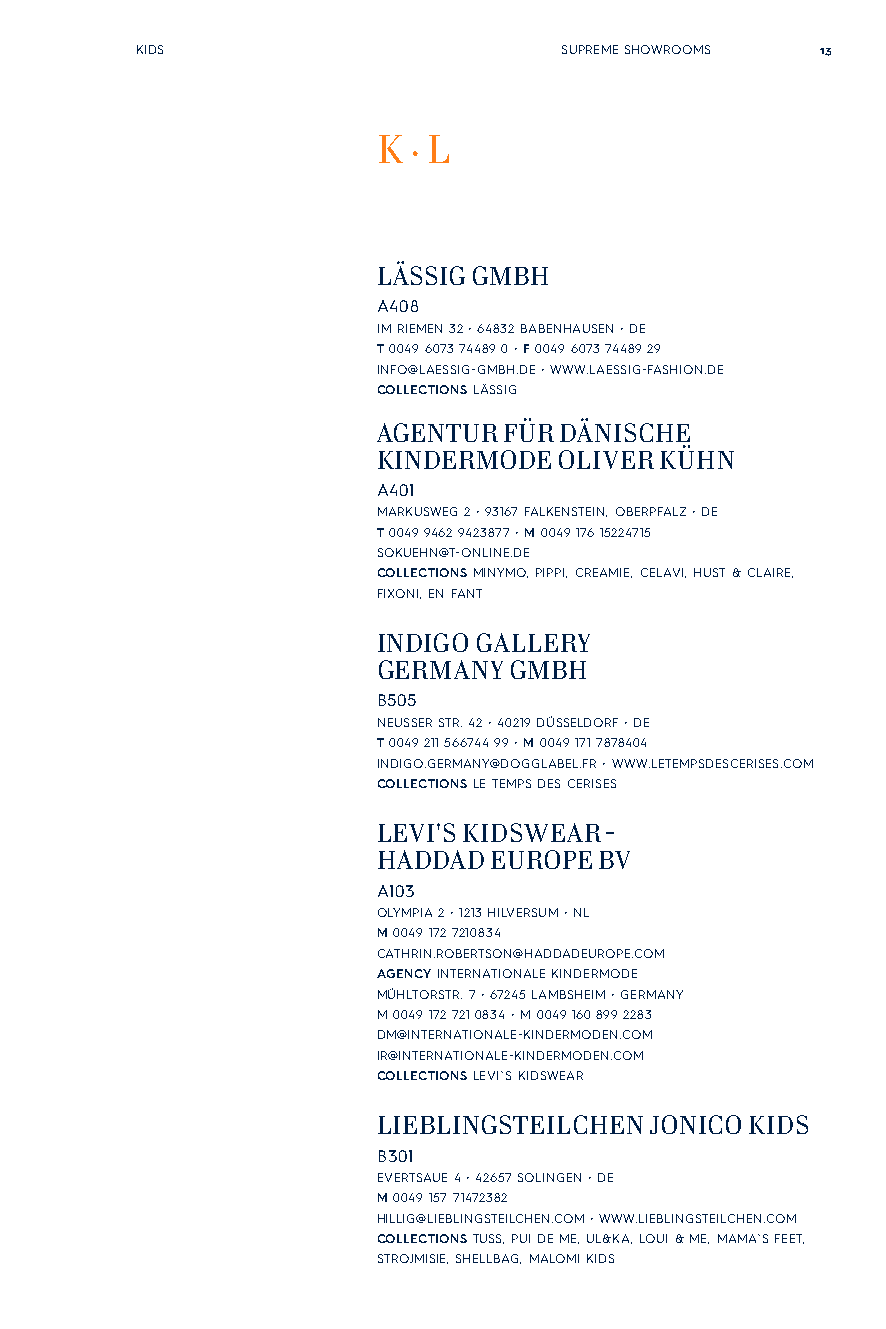
KIDS                        SUPREME SHOWROOMS 13
 K · L
 LÄSSIG GMBH
 A408
 IM RIEMEN 32 • 64832 BABENHAUSEN • DE
 T 0049 6073 74489 0 • F 0049 6073 74489 29
 INFO@LAESSIG-GMBH.DE • WWW.LAESSIG-FASHION.DE
 COLLECTIONS LÄSSIG
 AGENTUR FÜR DÄNISCHE
 KINDERMODE  OLIVER KÜHN
 A401
 MARKUSWEG 2 • 93167 FALKENSTEIN, OBERPFALZ • DE
 T 0049 9462 9423877 • M 0049 176 15224715
 SOKUEHN@T-ONLINE.DE
 COLLECTIONS MINYMO, PIPPI, CREAMIE, CELAVI, HUST & CLAIRE,
 FIXONI, EN FANT
 INDIGO GALLERY
 GERMANY  GMBH
 B505
 NEUSSER STR. 42 • 40219 DÜSSELDORF • DE
 T 0049 211 566744 99 • M 0049 171 7878404
 INDIGO.GERMANY@DOGGLABEL.FR • WWW.LETEMPSDESCERISES.COM
 COLLECTIONS LE TEMPS DES CERISES
 LEVI'S KIDSWEAR -
 HADDAD EUROPE  BV
 A103
 OLYMPIA 2 • 1213 HILVERSUM • NL
 M 0049 172 7210834
 CATHRIN.ROBERTSON@HADDADEUROPE.COM
 AGENCY INTERNATIONALE KINDERMODE
 MÜHLTORSTR. 7 • 67245 LAMBSHEIM • GERMANY
 M 0049 172 721 0834 • M 0049 160 899 2283
 DM@INTERNATIONALE-KINDERMODEN.COM
 IR@INTERNATIONALE-KINDERMODEN.COM
 COLLECTIONS LEVI`S KIDSWEAR
 LIEBLINGSTEILCHEN JONICO KIDS
 B301
 EVERTSAUE 4 • 42657 SOLINGEN • DE
 M 0049 157 71472382
 HILLIG@LIEBLINGSTEILCHEN.COM • WWW.LIEBLINGSTEILCHEN.COM
 COLLECTIONS TUSS, PUI DE ME, UL&KA, LOUI & ME, MAMA`S FEET,
 STROJMISIE, SHELLBAG, MALOMI KIDS